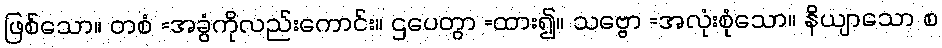
ဖြစ်သော။ တစံ =အခွံကိုလည်းကောင်း။ ဌပေတွာ =ထား၍။ သဗ္ဗော =အလုံးစုံသော။ နိယျာသော စ